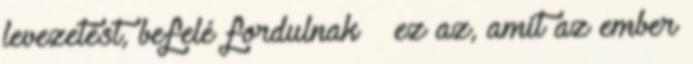
levezetést, befelé fordulnak – ez az, amit az ember